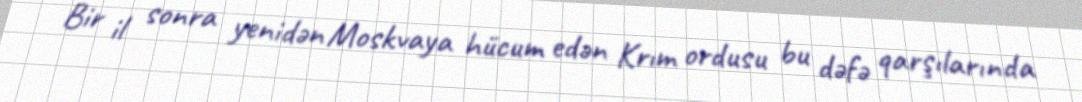
Bir il sonra yenidən Moskvaya hücum edən Krım ordusu bu dəfə qarşılarında